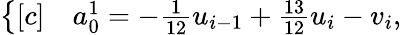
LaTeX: \begin{array}{r}{\left\{ \begin{array}{rl}{[c]}&{{}a_{0}^{1}=-\frac{1}{12}u_{i-1}+\frac{13}{12}u_{i}-v_{i},}\end{array}\right.}\end{array}